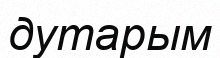
дутарым